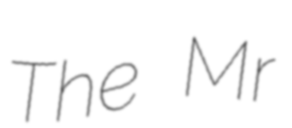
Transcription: The Mr